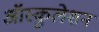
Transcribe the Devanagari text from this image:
ऑस्कुलेशन